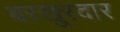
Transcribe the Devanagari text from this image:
बरखुरदार